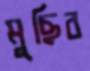
মুছিব